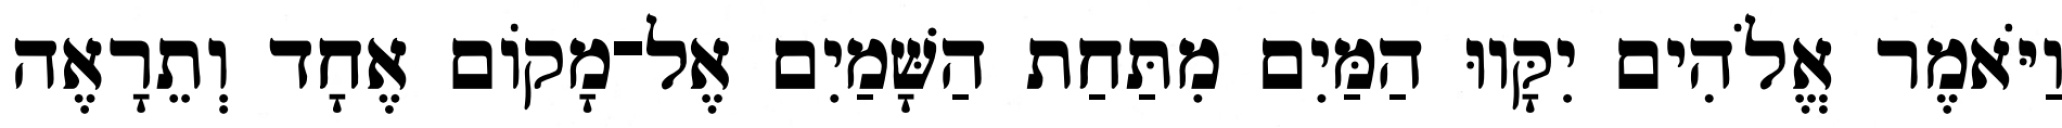
וַיֹּאמֶר אֱלֹהִים יִקָּווּ הַמַּיִם מִתַּחַת הַשָּׁמַיִם אֶל־מָקֹום אֶחָד וְתֵרָאֶה